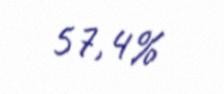
57,4%